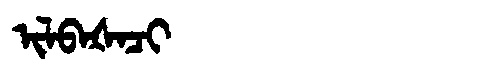
Manchu: ᡳᠯᠪᠠᡧᠠᠴᡳ
Romanization: ILBAŠACI